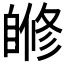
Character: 𦤜